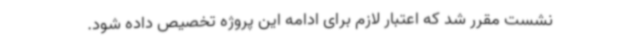
نشست مقرر شد که اعتبار لازم برای ادامه این پروژه تخصیص داده شود.